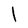
Character: I